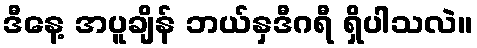
ဒီနေ့ အပူချိန် ဘယ်နှဒီဂရီ ရှိပါသလဲ။